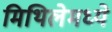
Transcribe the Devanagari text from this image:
मिथिलेमध्ये